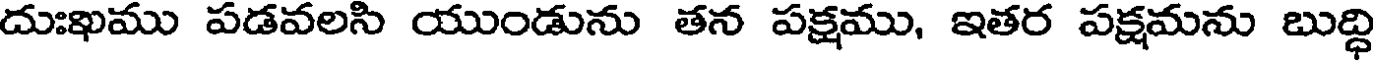
దుఃఖము పడవలసి యుండును తన పక్షము, ఇతర పక్షమను బుద్ధి